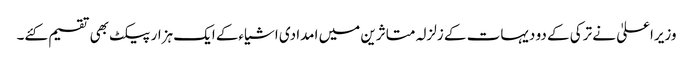
وزیراعلیٰ نے ترکی کے دو دیہات کے زلزلہ متاثرین میں امدادی اشیاءکے ایک ہزار پیکٹ بھی تقسیم کئے۔